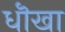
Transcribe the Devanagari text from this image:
धॊखा